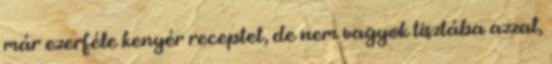
már ezerféle kenyér receptet, de nem vagyok tisztába azzal,